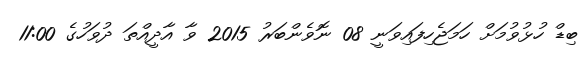
ބިޑް ހުޅުވުމަށް ހަމަޖެހިފައިވަނީ 08 ނޮވެންބަރު 2015 ވާ އާދީއްތަ ދުވަހުގެ 11:00